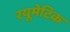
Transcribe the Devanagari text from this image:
रयूमेटिक